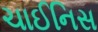
ચાઈનિસ